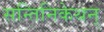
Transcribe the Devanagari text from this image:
सन्तिनिकेथन्